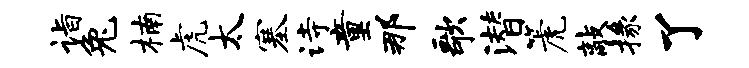
诣兔楠虎太塞诗童那歌潜篪敲掾了